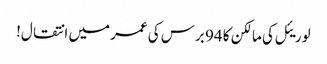
لوریئل کی مالکن کا 94 برس کی عمر میں انتقال!